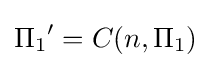
{\Pi _{1}}'=C(n,\Pi _{1})